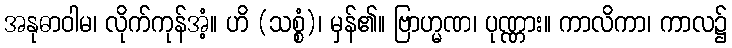
အနုဓာဝါမ၊ လိုက်ကုန်အံ့။ ဟိ (သစ္စံ)၊ မှန်၏။ ဗြာဟ္မဏ၊ ပုဏ္ဏား။ ကာလိကာ၊ ကာလ၌